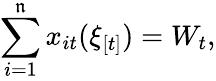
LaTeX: \sum_{i=1}^{\mathfrak{n}}x_{it}(\xi_{[t]})=W_{t},